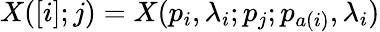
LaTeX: X([i];j)=X(p_{i},\lambda_{i};p_{j};p_{a(i)},\lambda_{i})